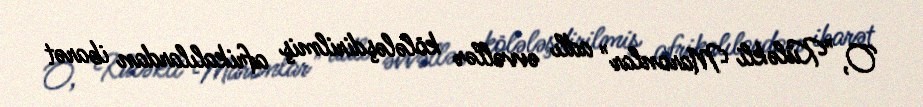
O, "Küləkli Maronlar" adlı əvvəllər kölələşdirilmiş afrikalılardan ibarət